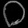
Digit: ၀